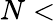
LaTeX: N<